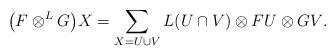
LaTeX: \begin{align*}\big(F\otimes^LG\big)X = \sum_{X=U\cup V}{L(U\cap V) \otimes FU\otimes GV} .\end{align*}